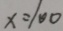
x = 1 0 0